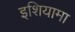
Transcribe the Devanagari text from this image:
इशियामा